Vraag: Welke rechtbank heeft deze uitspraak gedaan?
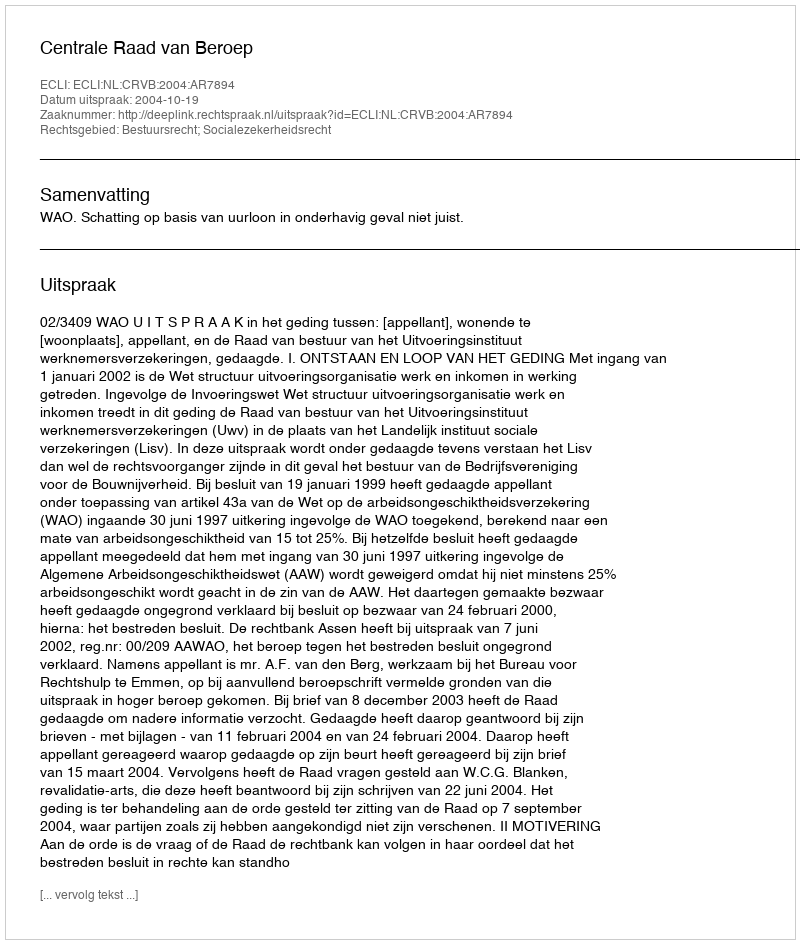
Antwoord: Centrale Raad van Beroep